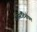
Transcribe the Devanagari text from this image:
कांस्टैंटिनोपल